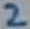
Text: 2